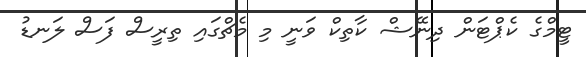
ޓީމްގެ ކެޕްޓަން ދިނޭޝް ކާތިކް ވަނީ މި މެޗްގައި ތިރީސް ފަސް ލަނޑު